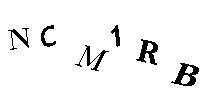
NCM1RB